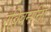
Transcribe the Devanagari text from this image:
रविवर्माना